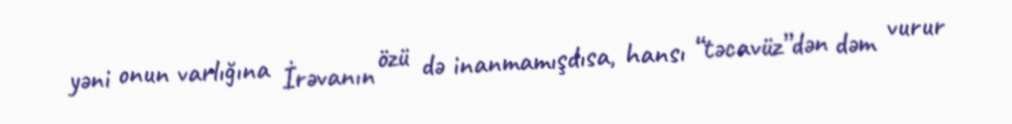
yəni onun varlığına İrəvanın özü də inanmamışdısa, hansı “təcavüz”dən dəm vurur